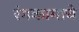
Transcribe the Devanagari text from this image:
रंगकामाचे